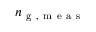
n _ { \mathrm { ~ g ~ , ~ m ~ e ~ a ~ s ~ } }